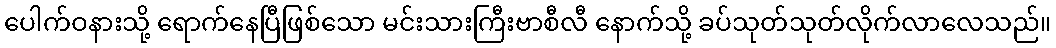
ပေါက်ဝနားသို့ ရောက်နေပြီဖြစ်သော မင်းသားကြီးဗာစီလီ နောက်သို့ ခပ်သုတ်သုတ်လိုက်လာလေသည်။